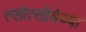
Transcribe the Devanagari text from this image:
त्सोत्सोबेच्या